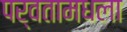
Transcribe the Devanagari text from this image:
पर्वतामधला